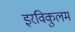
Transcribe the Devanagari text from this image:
इरविकुलम